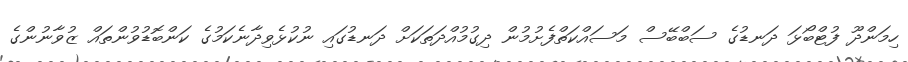
ހިމަންދޫ ފުޓްބޯޅަ ދަނޑުގެ ސަބްބޭސް މަސައްކަތްފެށުމުން ދިގުމުއްދަތަކަށް ދަނޑުގައި ނުކުޅެވިދާނެކަމުގެ ކަންބޮޑުވުންތައް ޒުވާނުންގެ